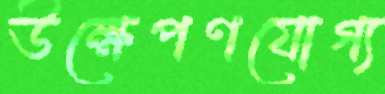
উক্ষেপণযোগ্য